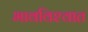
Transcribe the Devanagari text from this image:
भावविश्‍वात